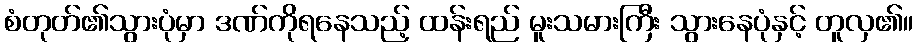
စံတုတ်၏သွားပုံမှာ ဒဏ်ကိုရနေသည့် ထန်းရည် မူးသမားကြီး သွားနေပုံနှင့် တူလှ၏။